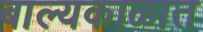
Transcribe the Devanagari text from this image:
बाल्यकाळात